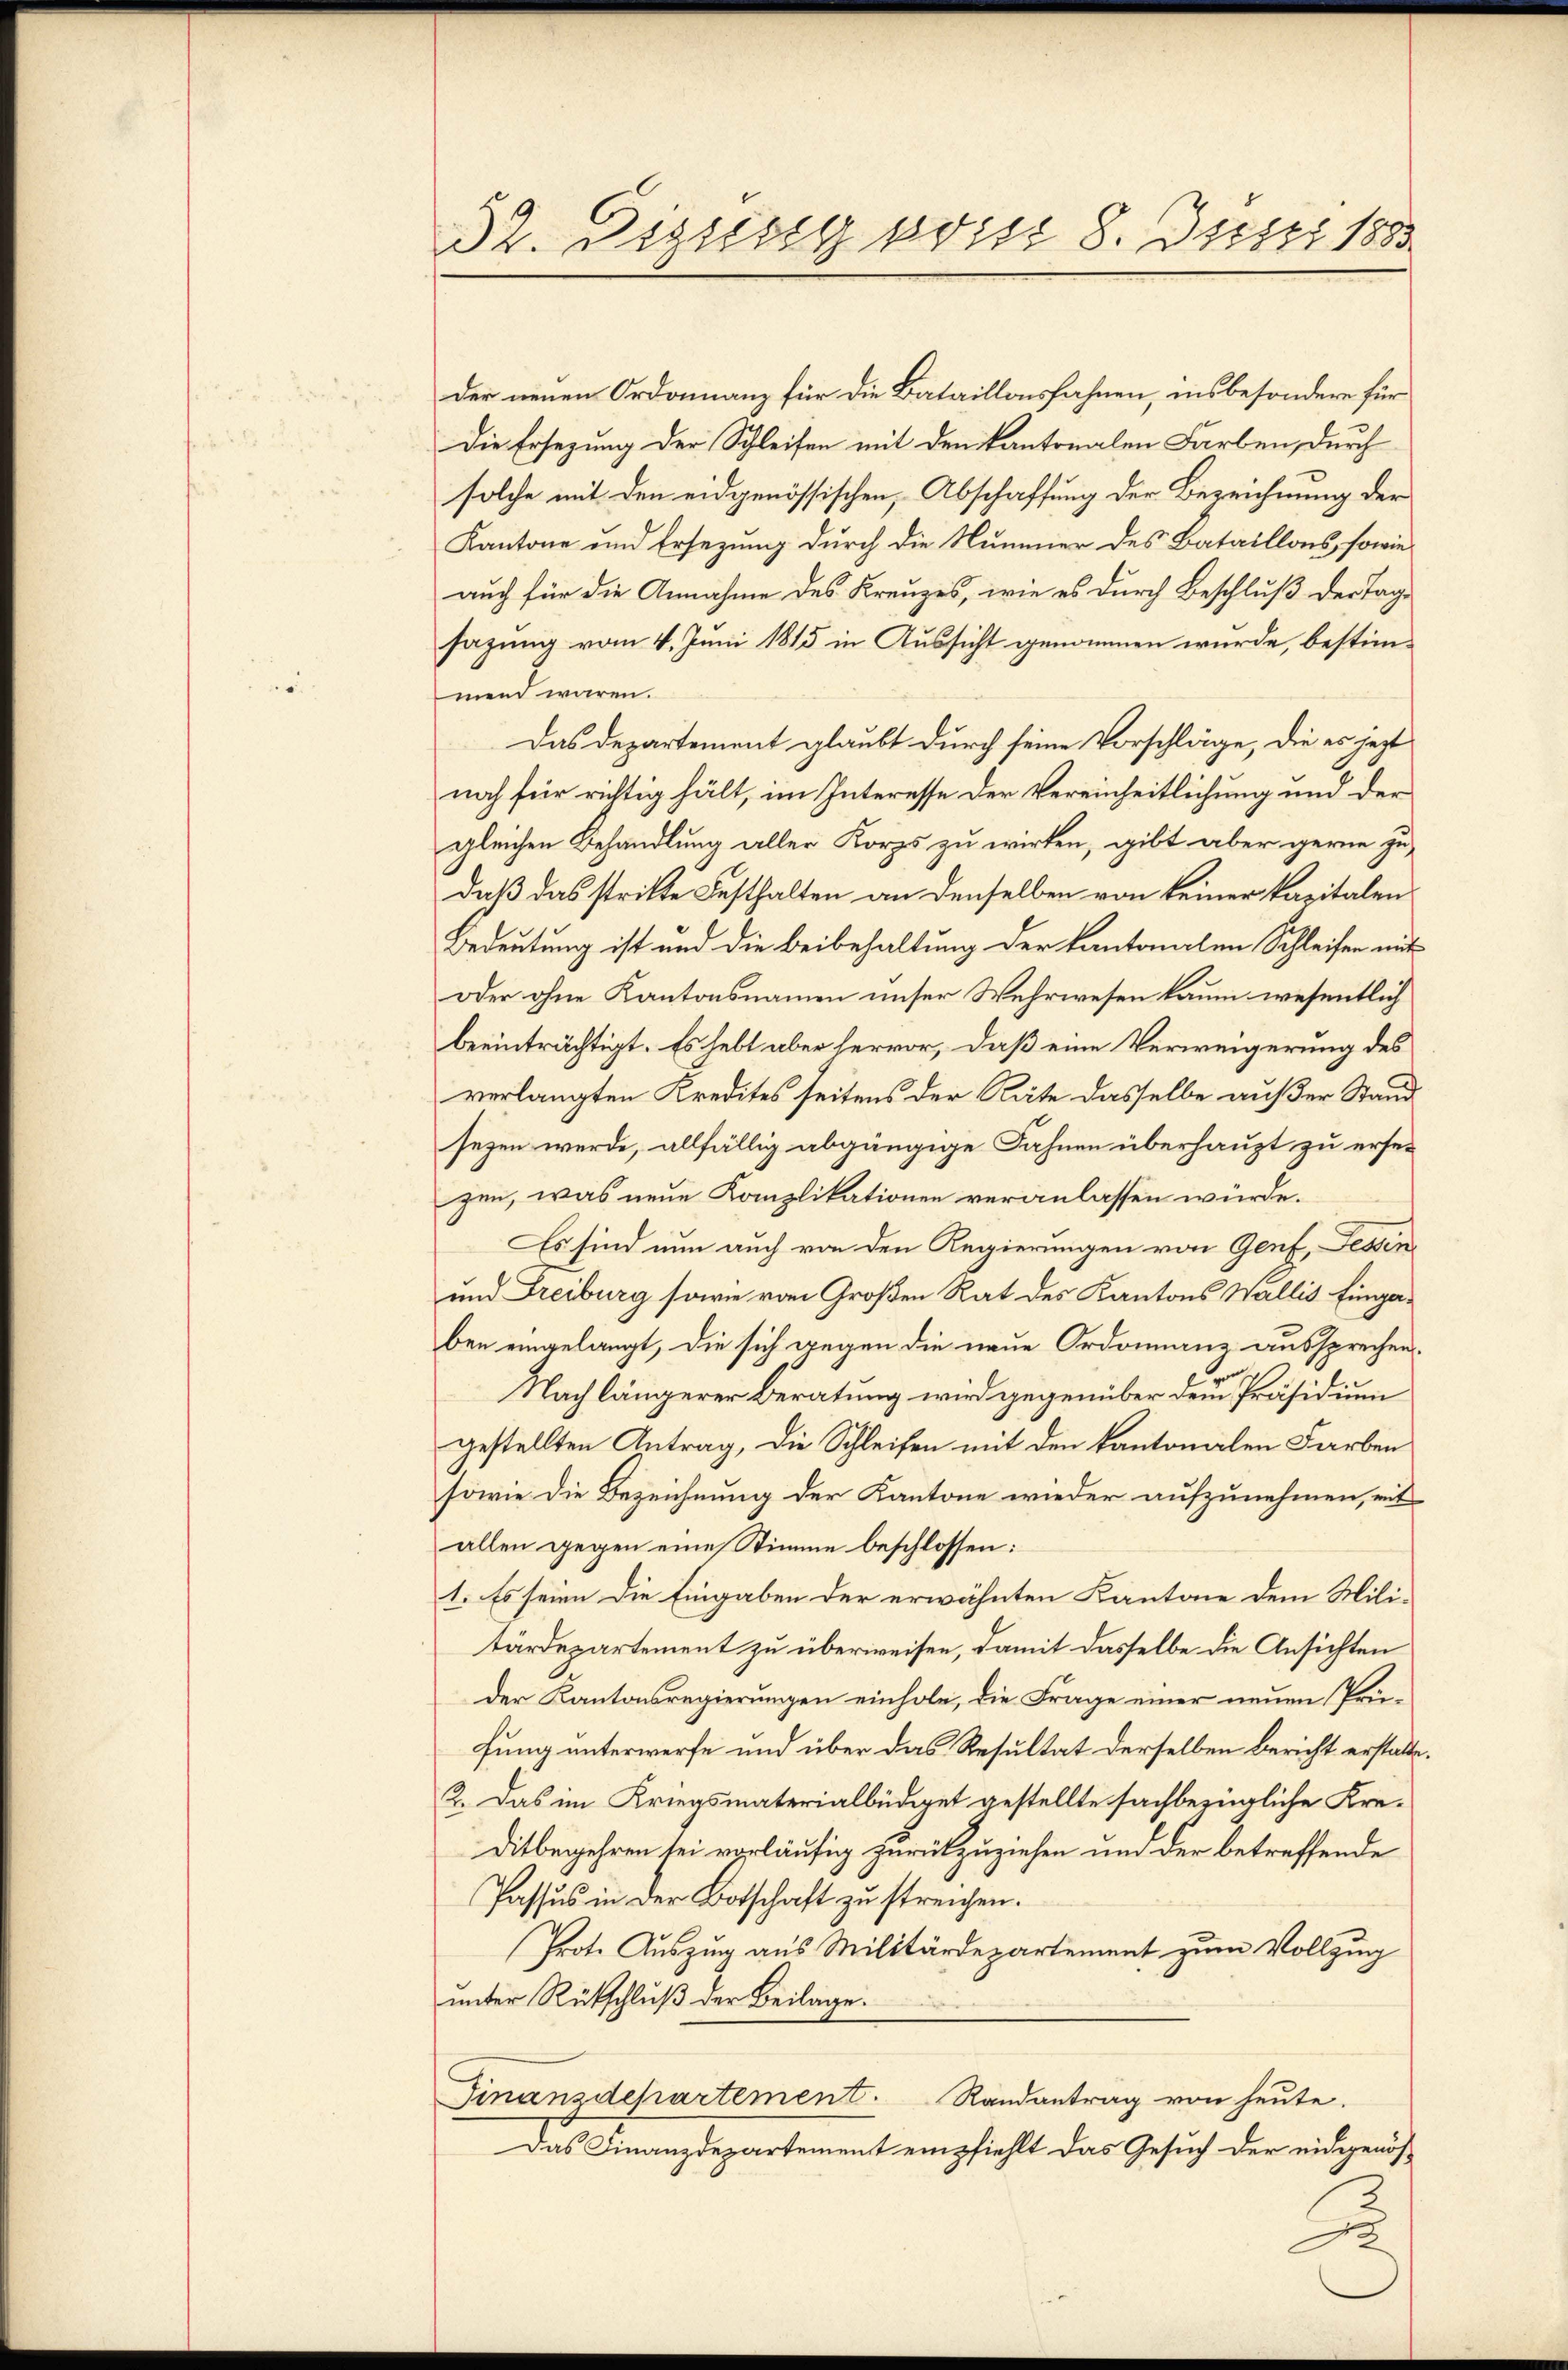
32. Bezug prist 8. Justi 1883

der neuen Ordonanz für die Bataillonsfahnen, insbesondere für
Die Ersezung der Schleifen mit den kantonalen Farben, durch
solche mit den eidgenössischen, Abschaffung der Bezeichnung der
Kantone und Ersezung durch die Nummer des Bataillons, sowie
auch für die Annahme des Kreuzes, wie es durch Beschluß der Tagsazung vom 4. Juni 1815 in Aussicht genommen wurde, bestimmend wären.
Das Departement glaubt durch seine Vorschläge, die es jezt
noch für richtig hält, im Interesse der Vereinheitlichung und der
gleichen Behandlung aller Korps zu wirken, gibt aber gerne zu
daß das stritte Festhalten an denselben von keiner kapitalen
Bedeutung ist und die Beibehaltung der kantonalen Schleifen mit
oder ohne Kantonsnamen unser Wehrwesen kaum wesentlich
beeinträchtigt. Es hebt aber hervor, daß eine Verweigerung des
verlangten Kredites seitens der Räte dasselbe außer Stand
sezen werde, allfällig abgängige Fahnen überhaupt zu ersezen, was neue Komplikationen veranlassen würde.
Es sind nun auch von den Regierungen von Genf, Fessen
und Freiburg sowie von Großen Rat des Kantons Wallis Eingaben eingelangt, die sich gegen die neue Ordonanz aussprechen.
Nach längerer Beratung wird gegenüber dem Präsidium
gestellten Antrag, die Schleifen mit den kantonalen Farben
sowie die Bezeichnung der Kantone wieder aufzunehmen, mit
allen gegen eine Stimme beschlossen:
1. Es seien die Eingaben der erwähnten Kantone dem Mili-
tärdepartement zu überweisen, damit dasselbe die Ansichten
der Kantonsregierungen einhole, die Frage einer neuen Prüfung unterwerfe und über das Resultat derselben bericht erstatte,
2. Das im Kriegsmaterialbüdget gestellte sachbezügliche Kre¬
Ditbegehren sei vorläufig zurückzuziehen und der betreffende
Passus in der Botschaft zu streichen.
Prote Auszug aus Militärdepartement zum Vollzug
unter Rükschluß der Beilage.
Finanzdepartement. Randantrag von heute.
Das Finanzdepartement empfiehlt das Gesuch der eidgenös¬